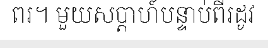
ពរ។ មួយសប្តាហ៍បន្ទាប់ពីរដូវ